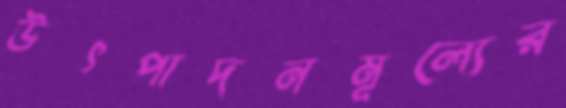
উৎপাদনমূল্যের